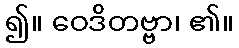
၍။ ဝေဒိတဗ္ဗာ၊ ၏။